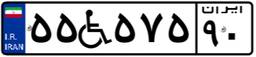
۰۰W۰۶۰۱۷